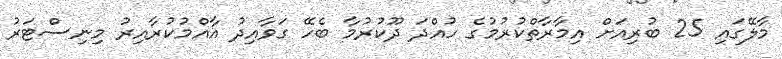
މާލޭގައި 25 ބުރިއަށް އިމާރާތްކުރުމުގެ ހުއްދަ ދޫކުރުމާ ބެހޭ ގަވާއިދު އާއްމުކުރާއިރު މިނިސްޓަރު